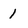
Character: 1